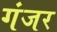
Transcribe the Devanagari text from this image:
गंजर